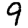
Digit: 9